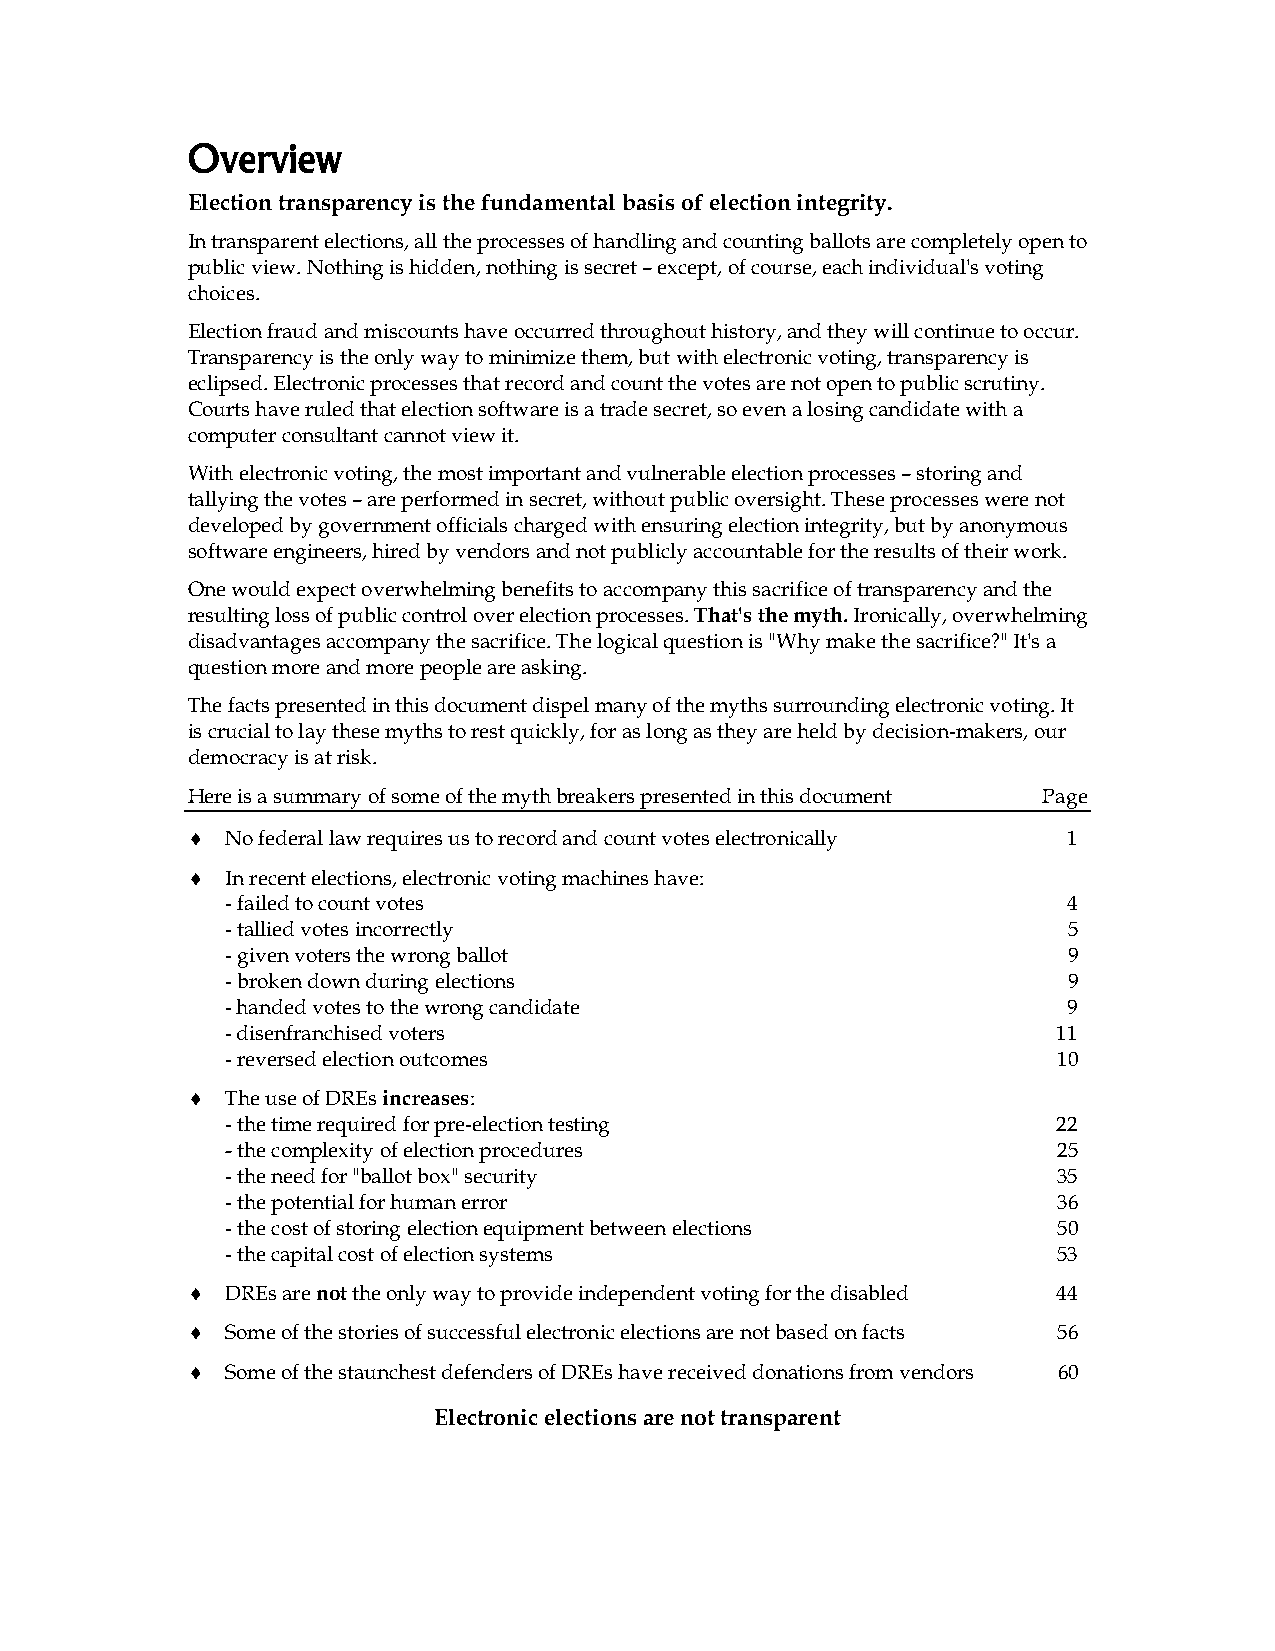
Overview
 Election transparency is the fundamental basis of election integrity.
 In transparent elections, all the processes of handling and counting ballots are completely open to
 public view. Nothing is hidden, nothing is secret – except, of course, each individual's voting
 choices.
 Election fraud and miscounts have occurred throughout history, and they will continue to occur.
 Transparency is the only way to minimize them, but with electronic voting, transparency is
 eclipsed. Electronic processes that record and count the votes are not open to public scrutiny.
 Courts have ruled that election software is a trade secret, so even a losing candidate with a
 computer consultant cannot view it.
 With electronic voting, the most important and vulnerable election processes – storing and
 tallying the votes – are performed in secret, without public oversight. These processes were not
 developed by government officials charged with ensuring election integrity, but by anonymous
 software engineers, hired by vendors and not publicly accountable for the results of their work.
 One would expect overwhelming benefits to accompany this sacrifice of transparency and the
 resulting loss of public control over election processes. That's the myth. Ironically, overwhelming
 disadvantages accompany the sacrifice. The logical question is "Why make the sacrifice?" It's a
 question more and more people are asking.
 The facts presented in this document dispel many of the myths surrounding electronic voting. It
 is crucial to lay these myths to rest quickly, for as long as they are held by decision-makers, our
 democracy is at risk.
 Here is a summary of some of the myth breakers presented in this document Page
 ♦  No federal law requires us to record and count votes electronically 1
 ♦  In recent elections, electronic voting machines have:
 - failed to count votes                                 4
 - tallied votes incorrectly                             5
 - given voters the wrong ballot                         9
 - broken down during elections                          9
 - handed votes to the wrong candidate                   9
 - disenfranchised voters                               11
 - reversed election outcomes                           10
 ♦  The use of DREs increases:
 - the time required for pre-election testing           22
 - the complexity of election procedures                25
 - the need for "ballot box" security                   35
 - the potential for human error                        36
 - the cost of storing election equipment between elections 50
 - the capital cost of election systems                 53
 ♦  DREs are not the only way to provide independent voting for the disabled 44
 ♦  Some of the stories of successful electronic elections are not based on facts 56
 ♦  Some of the staunchest defenders of DREs have received donations from vendors 60
 Electronic elections are not transparent